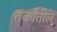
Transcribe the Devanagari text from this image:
तर्कांतील